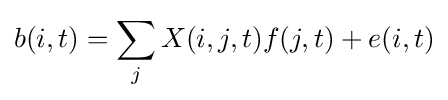
b(i,t)=\sum _{j}X(i,j,t)f(j,t)+e(i,t)